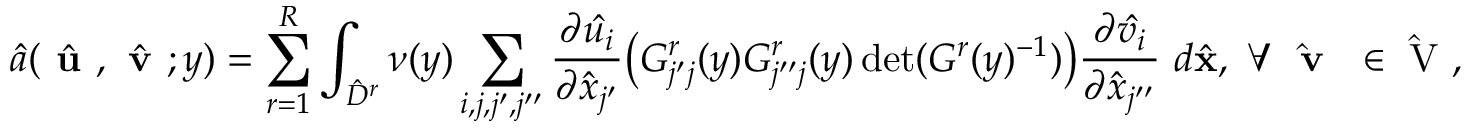
\hat { a } ( \hat { \textbf { u } } , \hat { \textbf { v } } ; y ) = \sum _ { r = 1 } ^ { R } \int _ { \hat { D } ^ { r } } \nu ( y ) \sum _ { i , j , j ^ { \prime } , j ^ { \prime \prime } } \frac { \partial \hat { u _ { i } } } { \partial \hat { x } _ { j ^ { \prime } } } \big ( G _ { j ^ { \prime } j } ^ { r } ( y ) G _ { j ^ { \prime \prime } j } ^ { r } ( y ) \operatorname* { d e t } ( G ^ { r } ( y ) ^ { - 1 } ) \big ) \frac { \partial \hat { v _ { i } } } { \partial \hat { x } _ { j ^ { \prime \prime } } } \ d \hat { \mathbf { x } } , \mathrm { ~ \forall ~ \hat { \textbf { v } } ~ \in ~ \hat { V } ~ } ,